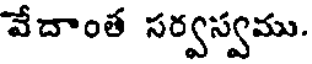
వేదాంత సర్వస్వము.